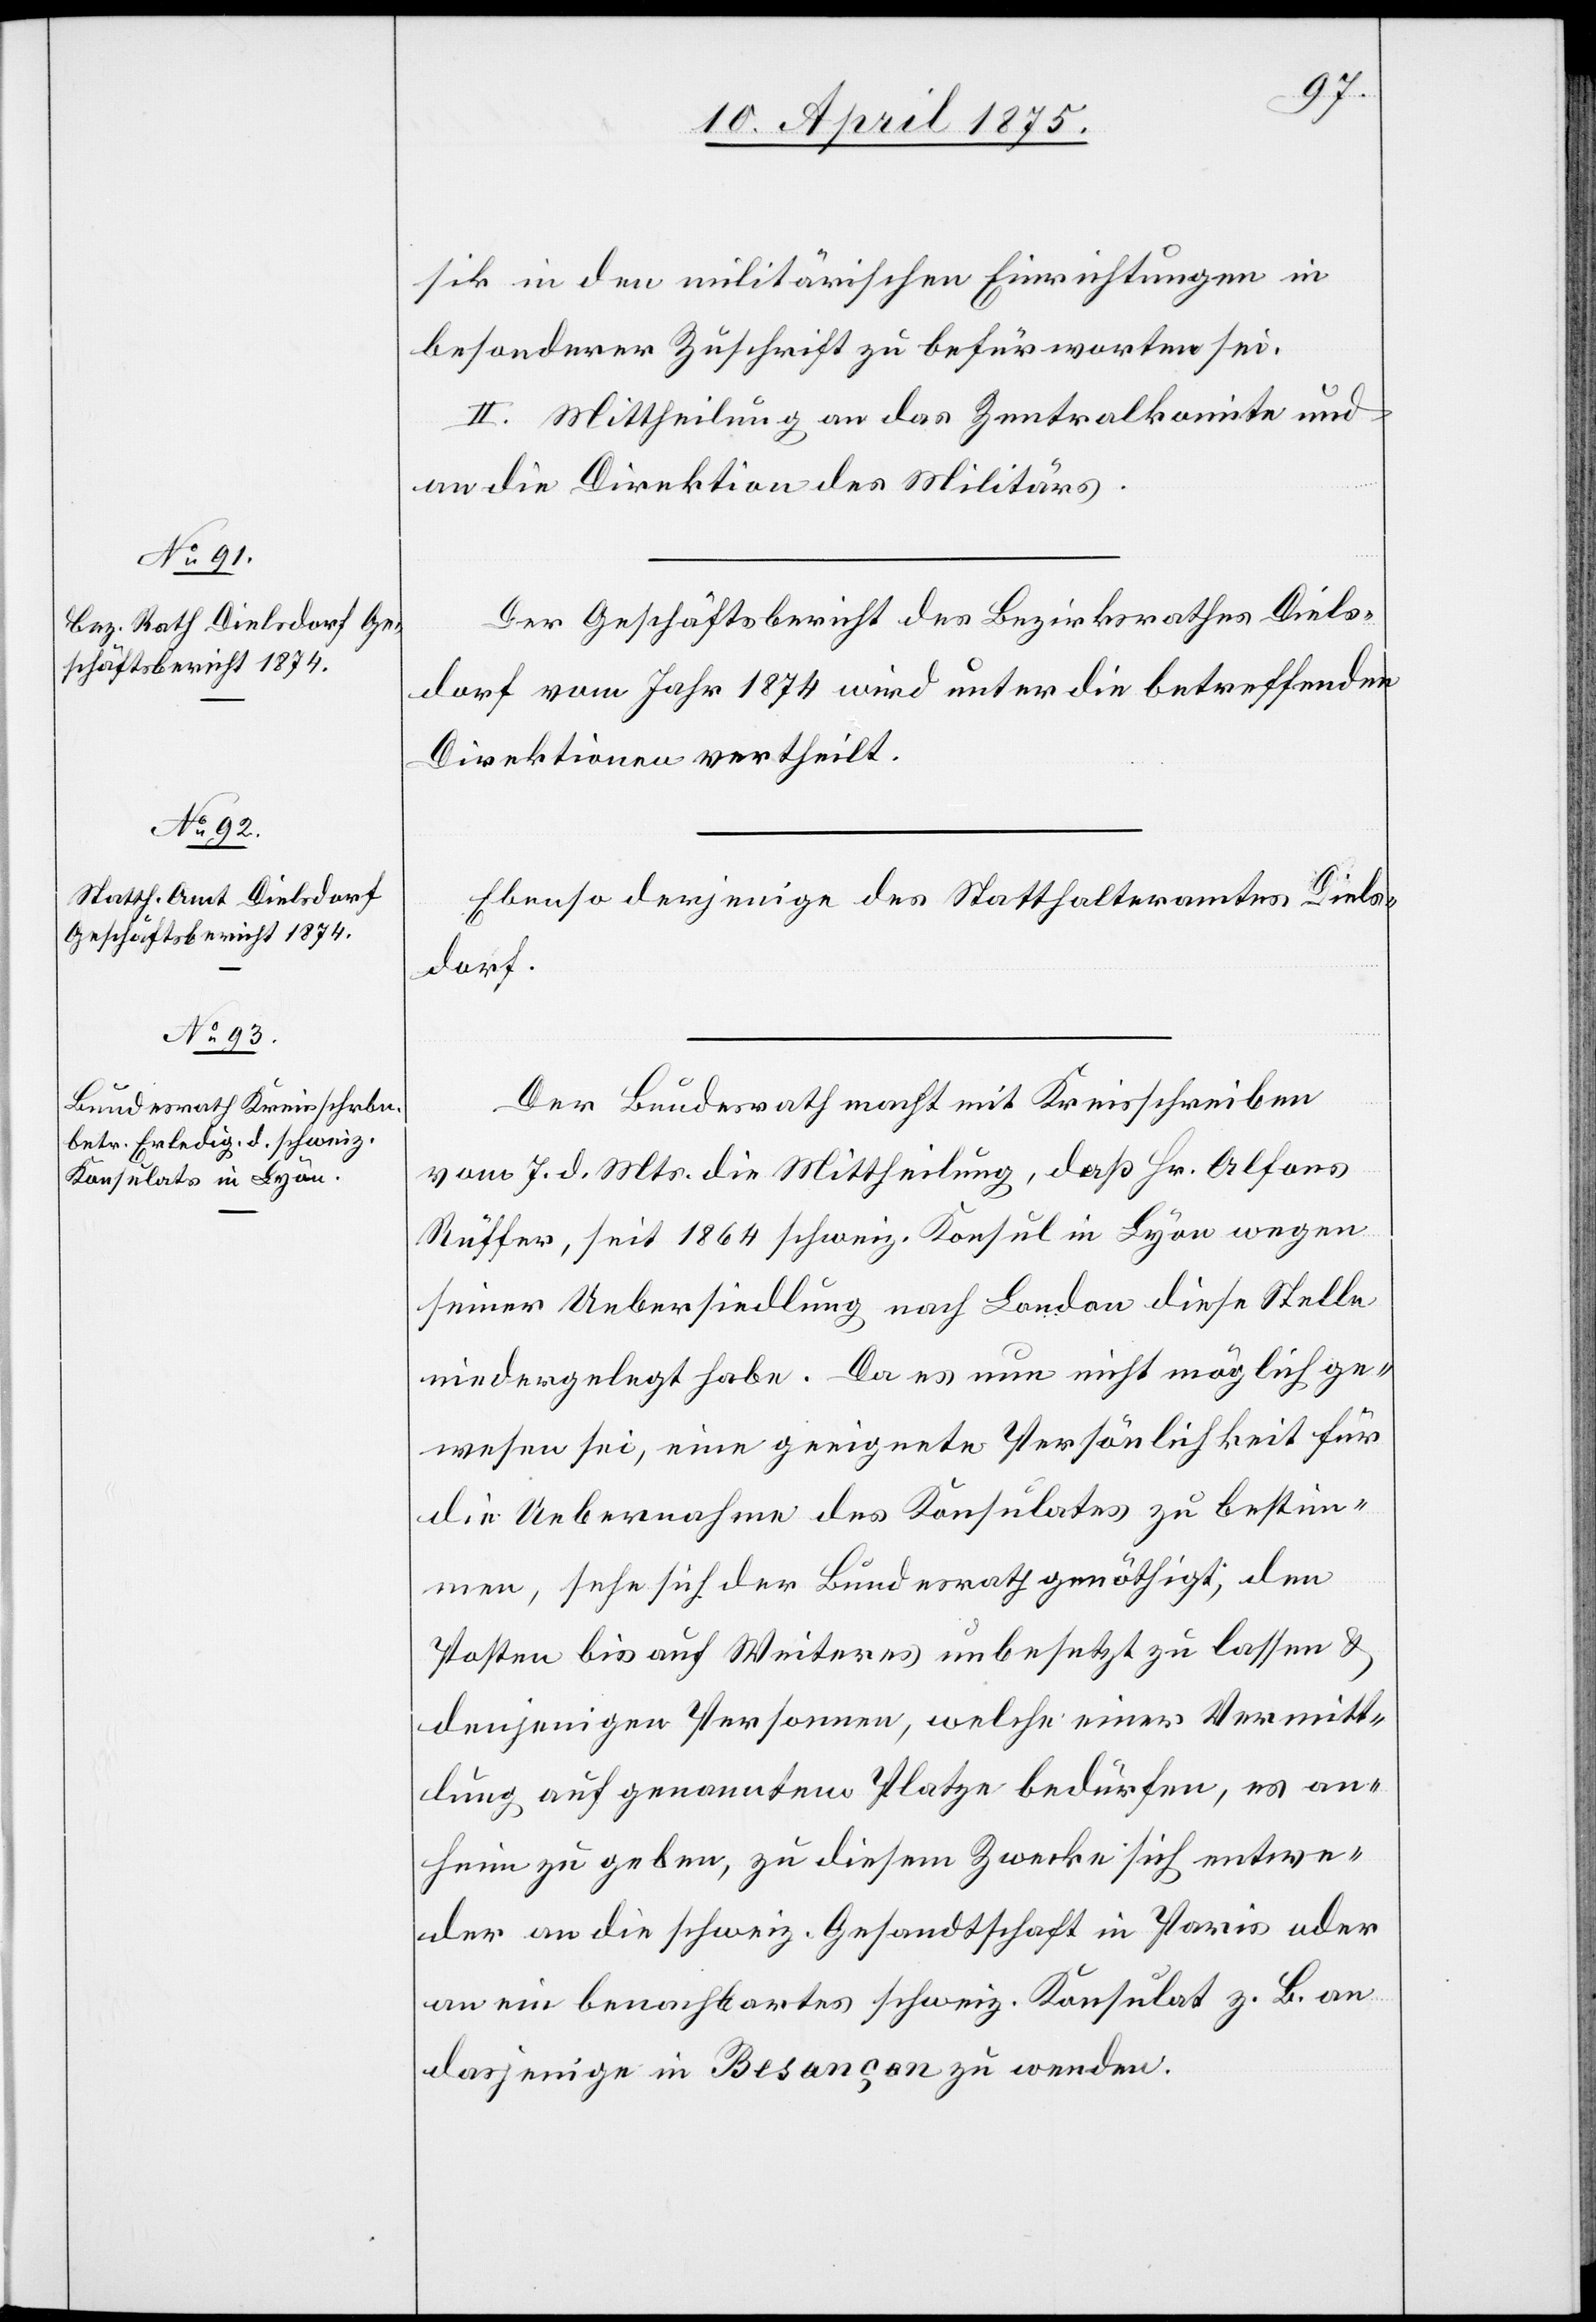
sik in den militärischen Einrichtungen in
besonderer Zuschrift zu befürworten sei.
an die Direktion des Militärs.
Der Geschäftsbericht des Bezirksrathes Diels¬
dorf vom Jahr 1874 wird unter die betreffenden
Direktionen vertheilt.
Ebenso derjenige des Statthalteramtes Diels¬
dorf.
Der Bundesrath macht mit Kreisschreiben
vom 7. d. Mts. die Mittheilung, daß Hr. Alfons
Rüffer, seit 1864 schweiz. Konsul in Lyon wegen
seiner Uebersiedlung nach London diese Stelle
niedergelegt habe. Da es nun nicht möglich ge¬
wesen sei, eine geeignete Persönlichkeit für
die Uebernahme des Konsulates zu bestim¬
men, sehe sich der Bundesrath genöthigt, dem
Posten bis auf Weiteres unbesetzt zu lassen &
denjenigen Personen, welchen einer Vermitt¬
lung auf genannten Platze bedürfen, es an¬
heim zu geben, zu diesem Zwecke sich entwe¬
der an die schweiz. Gesandtschaft in Paris oder
an ein benachbartes schweiz. Konsulat z. B. an
dasjenige in Besançon zu wenden.